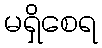
မရှိစေရ